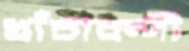
খাঁচাবন্দী